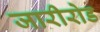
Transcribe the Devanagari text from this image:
जारीरोड